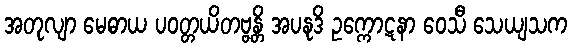
အတုလျာ မေဓာယ ပဝတ္တယိတဗ္ဗန္တိ အပနုဒိ ဥက္ကောဋနာ ဝေသီ သေယျသက